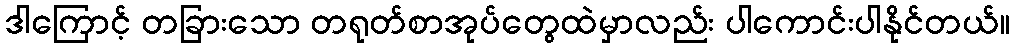
ဒါကြောင့် တခြားသော တရုတ်စာအုပ်တွေထဲမှာလည်း ပါကောင်းပါနိုင်တယ်။